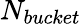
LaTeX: N_{bucket}